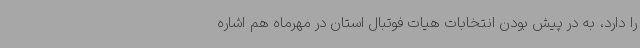
را دارد، به در پیش بودن انتخابات هیات فوتبال استان در مهرماه هم اشاره